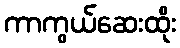
ကာကွယ်ဆေးထိုး